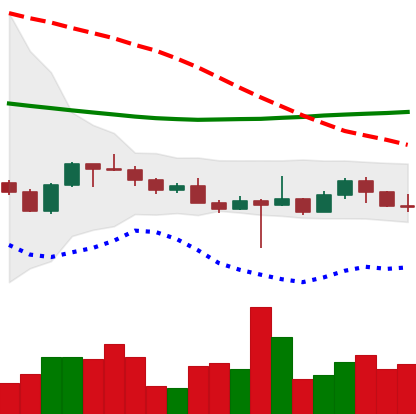
Ticker: ETH-USD
Chart end date: 2022-10-20
Forward return: 13.908%
Label: up_7plus